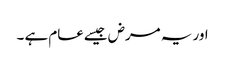
اور یہ مرض جیسےعام ہے ۔